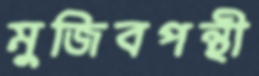
মুজিবপন্থী